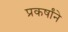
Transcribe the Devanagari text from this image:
प्रकर्षांने